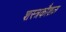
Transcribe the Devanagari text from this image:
शस्त्रकौशल